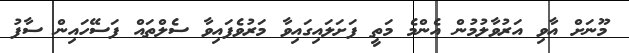
މޫނަށް އާވި އަރުވާލުމުން އެންމެ މަތީ ފަށަލައިގައިވާ މަރުވެފައިވާ ސެލްތައް ފަސޭހައިން ސާފު